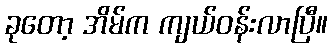
ခုတော့ အိမ်က ကျယ်ဝန်းလာပြီ။